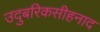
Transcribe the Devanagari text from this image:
उदुबरिकसीहनाद